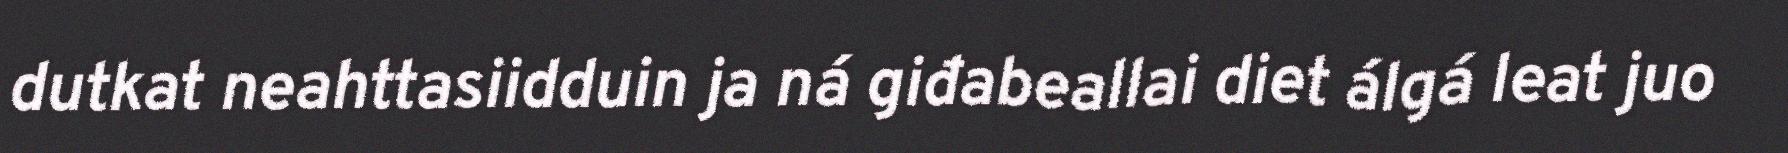
dutkat neahttasiidduin ja ná giđabeallai diet álgá leat juo